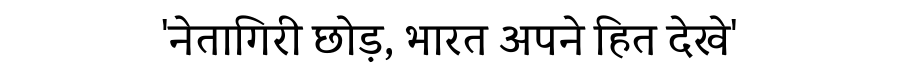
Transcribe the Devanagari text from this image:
'नेतागिरी छोड़, भारत अपने हित देखे'